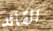
القائد